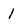
Character: 1